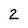
Character: 2